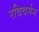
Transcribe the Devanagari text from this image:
रविवर्मन